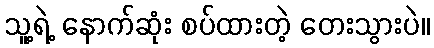
သူ့ရဲ့ နောက်ဆုံး စပ်ထားတဲ့ တေးသွားပဲ။